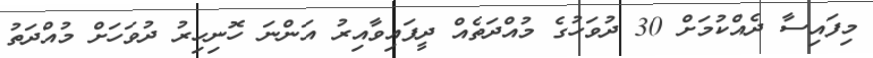
މިފައިސާ ދެއްކުމަށް 30 ދުވަހުގެ މުއްދަތެއް ދީފައިވާއިރު އަންނަ ހޮނިހިރު ދުވަހަށް މުއްދަތު